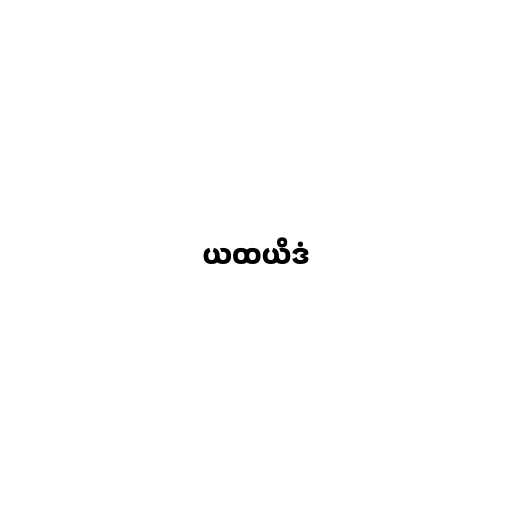
ယထယိဒံ